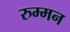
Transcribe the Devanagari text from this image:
रुम्मन